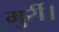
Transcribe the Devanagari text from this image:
मुर्री।